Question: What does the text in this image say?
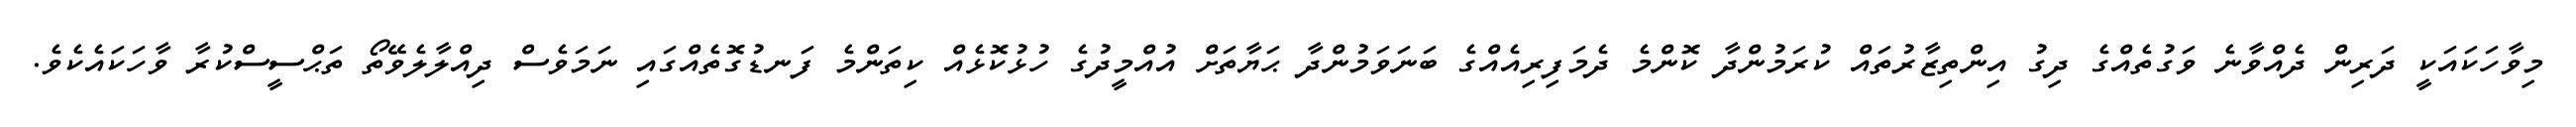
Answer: މިވާހަކައަކީ ދަރިން ދެއްވާނެ ވަގުތެއްގެ ދިގު އިންތިޒާރުތައް ކުރަމުންދާ ކޮންމެ ދެމަފިރިއެއްގެ ބަނަވަމުންދާ ޙަޔާތަށް އުއްމީދުގެ ހުޅުކޮޅެއް ކިތަންމެ ފަނޑުގޮތެއްގައި ނަމަވެސް ދިއްލާލެވޭތޯ ތަޙްސީސްކުރާ ވާހަކައެކެވެ.